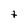
Character: t